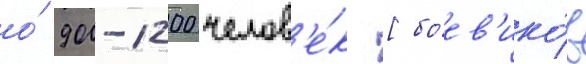
о́ 900-1200 челов'е́к [боев'ико́в